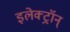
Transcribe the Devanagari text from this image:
इलेक्ट्रॉन्